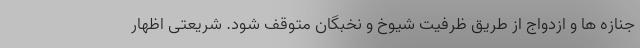
جنازه ها و ازدواج از طریق ظرفیت شیوخ و نخبگان متوقف شود. شریعتی اظهار